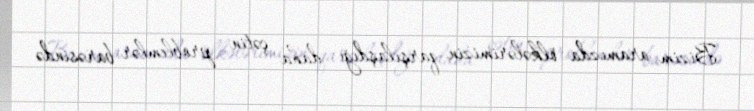
Bizim aramızda ölkələrimizin qarşılaşdığı daha çətin problemlər barəsində